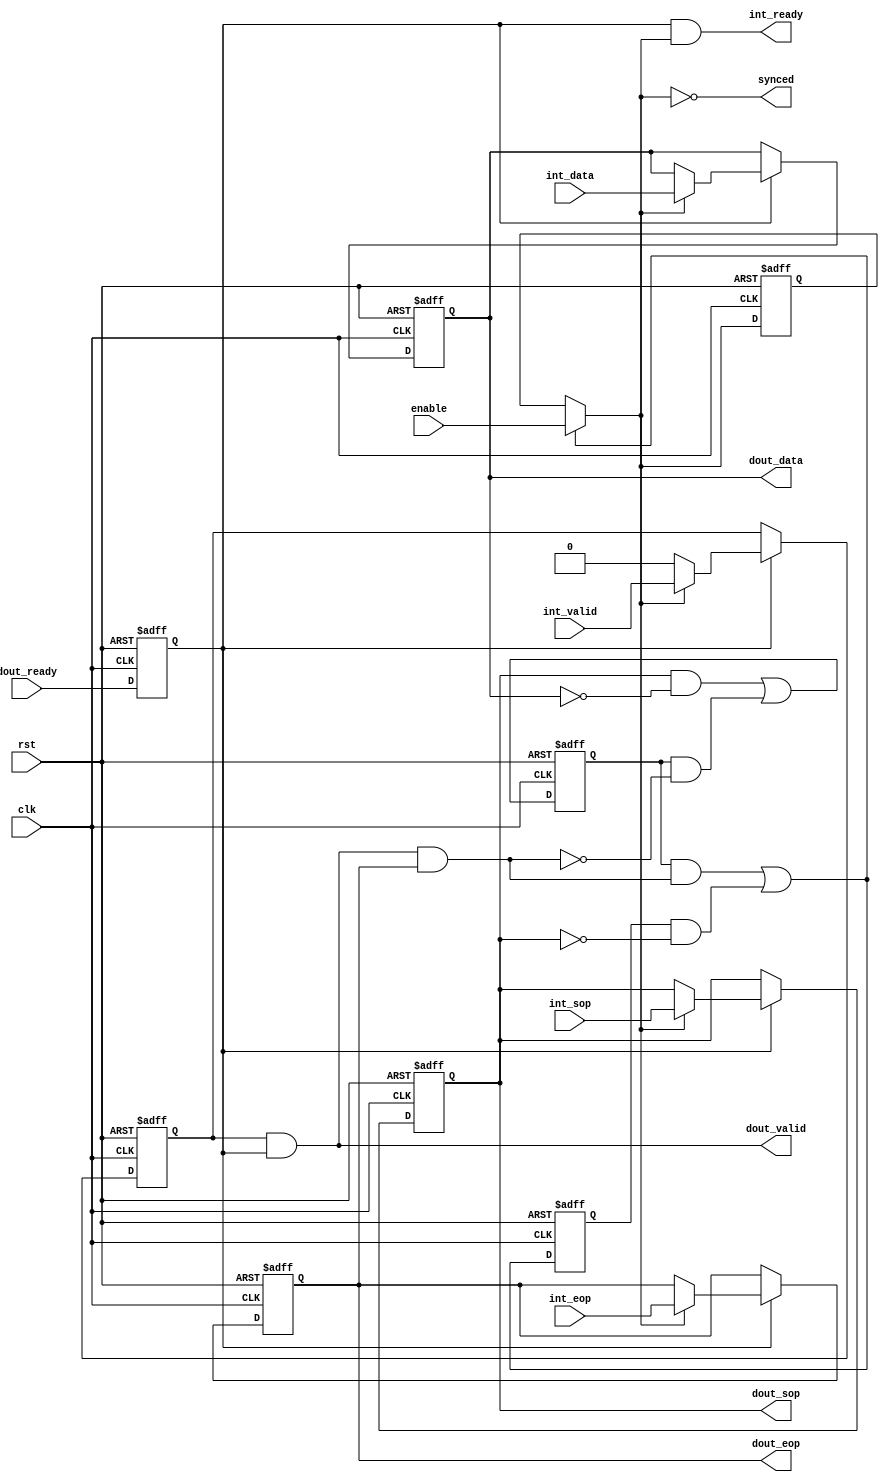
// (C) 2001-2016 Altera Corporation. All rights reserved.
// Your use of Altera Corporation's design tools, logic functions and other 
// software and tools, and its AMPP partner logic functions, and any output 
// files any of the foregoing (including device programming or simulation 
// files), and any associated documentation or information are expressly subject 
// to the terms and conditions of the Altera Program License Subscription 
// Agreement, Altera MegaCore Function License Agreement, or other applicable 
// license agreement, including, without limitation, that your use is for the 
// sole purpose of programming logic devices manufactured by Altera and sold by 
// Altera or its authorized distributors.  Please refer to the applicable 
// agreement for further details.


module alt_vip_common_stream_output
    #(parameter
        DATA_WIDTH = 10)
    (
    input wire rst,
    input wire clk,
    
    // dout
    input   wire                    dout_ready,
    output  wire                    dout_valid,
    output  reg  [DATA_WIDTH-1:0]   dout_data,
    output  reg                     dout_sop,
    output  reg                     dout_eop,
    
    // internal
    output  wire                    int_ready,
    input   wire                    int_valid,
    input   wire [DATA_WIDTH-1:0]   int_data,
    input   wire                    int_sop,
    input   wire                    int_eop,
    
    // control signals
    input   wire                    enable,
    output  wire                    synced);

// Simple decode to detect the end of image packets. This allows us to
// synch multiple inputs.
reg     image_packet;
reg     synced_int;
reg     enable_synced_reg;
wire    image_packet_nxt;
wire    synced_int_nxt;
wire    enable_synced;
wire    eop;

always @ (posedge clk or posedge rst) begin
    if(rst) begin
        image_packet <= 1'b0;
        synced_int <= 1'b1;
        enable_synced_reg <= 1'b0;
    end else begin
        image_packet <= image_packet_nxt;
        synced_int <= synced_int_nxt;
        enable_synced_reg <= enable_synced;
    end
end

assign eop = dout_valid & dout_eop;
assign image_packet_nxt = (dout_sop && dout_data == 0) || (image_packet && ~eop);
assign synced_int_nxt = (image_packet & eop) | (synced_int & ~dout_sop);
assign enable_synced = (synced_int_nxt) ? enable : enable_synced_reg;
assign synced = ~enable_synced;

// Register outputs and ready input
reg int_valid_reg;
reg int_ready_reg;

always @ (posedge clk or posedge rst) begin
    if(rst) begin
        int_valid_reg <= 1'b0;
        dout_data <= {DATA_WIDTH{1'b0}};
        dout_sop <= 1'b0;
        dout_eop <= 1'b0;
        int_ready_reg <= 1'b0;
    end else begin
        if(int_ready_reg) begin
            if(enable_synced) begin
                int_valid_reg <= int_valid;
                dout_data <= int_data;
                dout_sop <= int_sop;
                dout_eop <= int_eop;
            end else begin
                int_valid_reg <= 1'b0;
            end 
        end
        
        int_ready_reg <= dout_ready;
    end
end

assign dout_valid = int_valid_reg & int_ready_reg;
assign int_ready = int_ready_reg & enable_synced;

endmodule